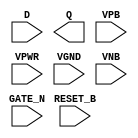
module sky130_fd_sc_hd__dlrtn (
    //# {{data|Data Signals}}
    input  D      ,
    output Q      ,

    //# {{control|Control Signals}}
    input  RESET_B,

    //# {{clocks|Clocking}}
    input  GATE_N ,

    //# {{power|Power}}
    input  VPB    ,
    input  VPWR   ,
    input  VGND   ,
    input  VNB
);
endmodule